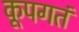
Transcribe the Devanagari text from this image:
कूपगतं